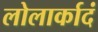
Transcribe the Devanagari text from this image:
लोलार्कादं